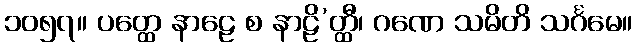
၁၀၅၇။ ပတ္ထေ နာဠေ စ နာဠိ’တ္ထီ၊ ဂဏေ သမိတိ သင်္ဂမေ။